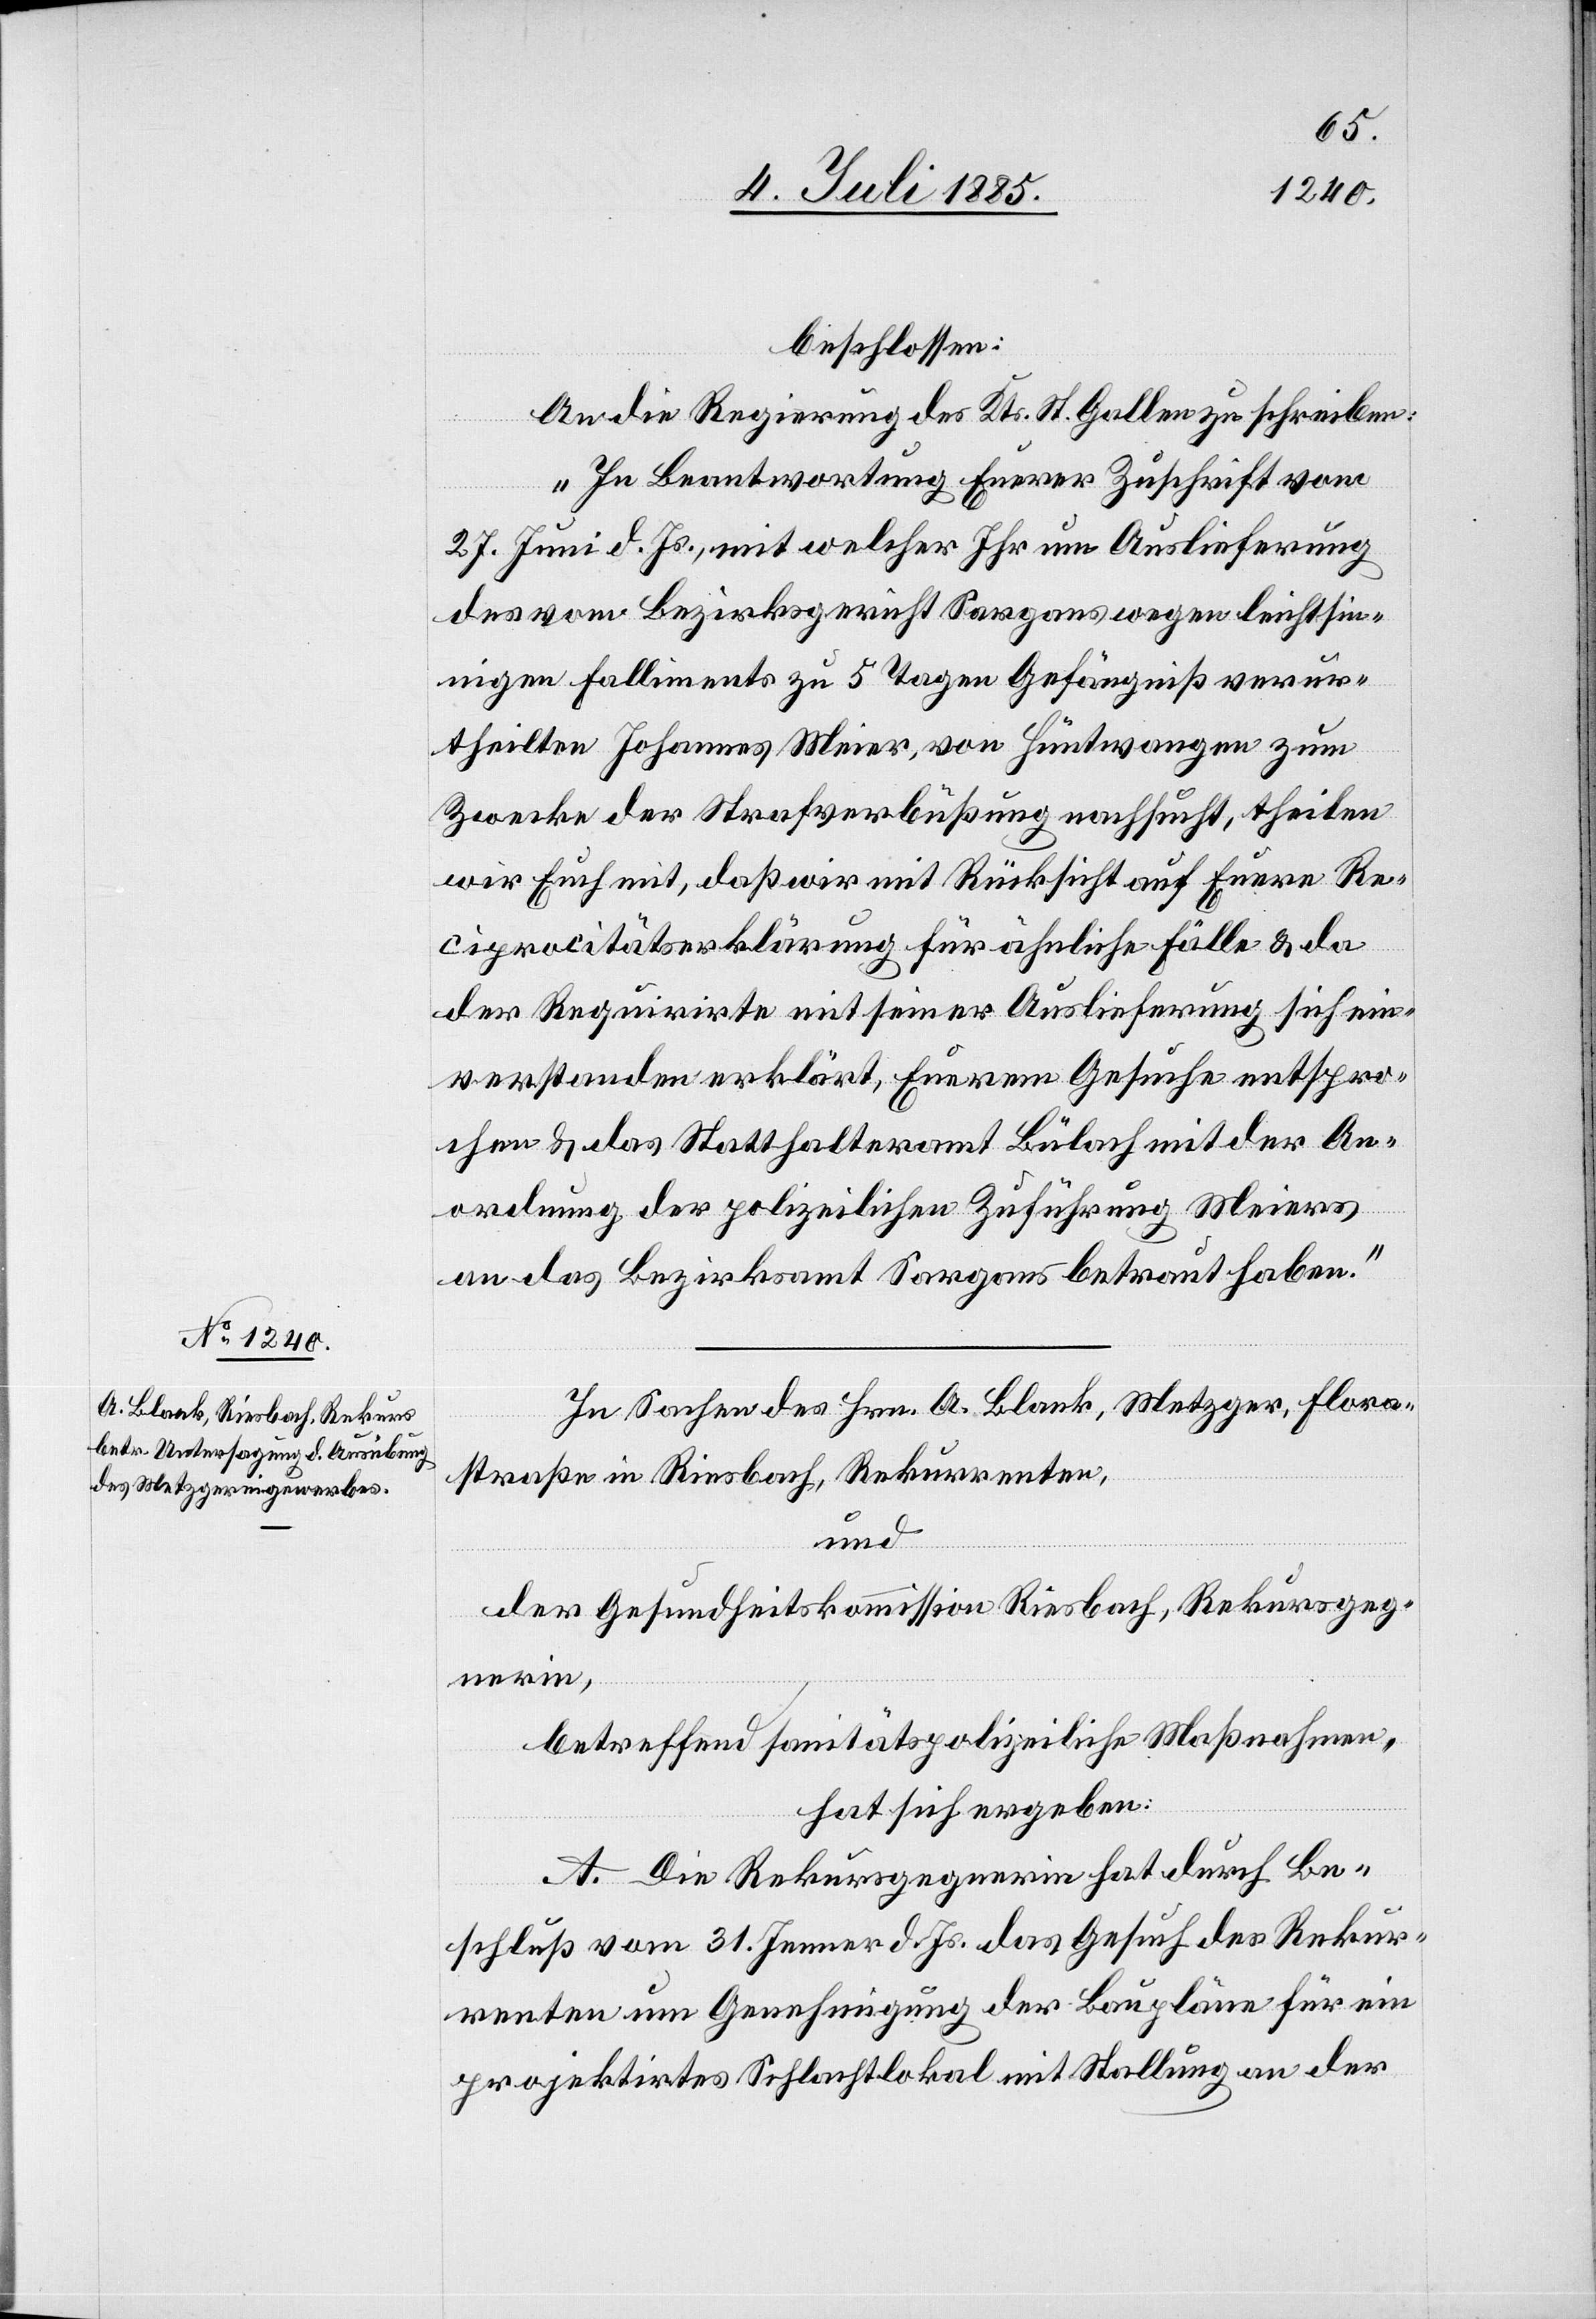
beschlossen:
An die Regierung des Kts. St. Gallen zu schreiben:
„In Beantwortung Euerer Zuschrift vom
27. Juni d. Js., mit welcher Ihr um Auslieferung
des vom Bezirksgericht Sargans wegen leichtsin¬
nigen Falliments zu 5 Tagen Gefängniß verur¬
theilten Johannes Meier, von Hüntwangen zum
Zwecke der Strafverbüßung nachsucht, theilen
wir Euch mit, daß wir mit Rücksicht auf Euere Re¬
ciprocitätserklärung für ähnliche Fälle & da
der Requirirte mit seiner Auslieferung sich ein¬
verstanden erklärt, Euerem Gesuche entspro¬
chen & das Statthalteramt Bülach mit der An¬
ordnung der polizeilichen Zuführung Meiers
an das Bezirksamt Sargans betraut haben.“
In Sachen des Hrn. A. Blank, Metzger, Flora¬
straße in Riesbach, Rekurrenten,
und
der Gesundheitskommission Riesbach, Rekursgeg¬
nerin,
betreffend sanitätspolizeiliche Maßnahmen,
hat sich ergeben:
A. Die Rekursgegnerin hat durch Be¬
schluß vom 31. Jenner d. Js. das Gesuch des Rekur¬
renten um Genehmigung der Baupläne für ein
projektirtes Schlachtlokal mit Stallung an der